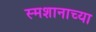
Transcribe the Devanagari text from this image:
स्मशानाच्या